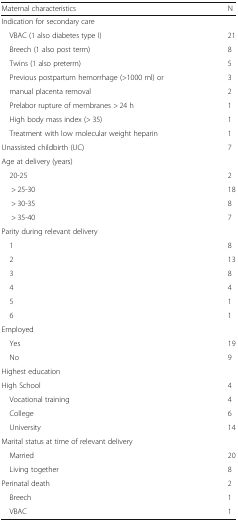
<table><thead><tr><td><b>Maternal characteristics</b></td><td><b>N</b></td></tr></thead><tbody><tr><td colspan="2">Indication for secondary care</td></tr><tr><td> VBAC (1 also diabetes type I)</td><td>21</td></tr><tr><td> Breech (1 also post term)</td><td>8</td></tr><tr><td> Twins (1 also preterm)</td><td>5</td></tr><tr><td> Previous postpartum hemorrhage (&gt;1000 ml) or</td><td>3</td></tr><tr><td> manual placenta removal</td><td>2</td></tr><tr><td> Prelabor rupture of membranes &gt; 24 h</td><td>1</td></tr><tr><td> High body mass index (&gt; 35)</td><td>1</td></tr><tr><td> Treatment with low molecular weight heparin</td><td>1</td></tr><tr><td>Unassisted childbirth (UC)</td><td>7</td></tr><tr><td colspan="2">Age at delivery (years)</td></tr><tr><td> 20-25</td><td>2</td></tr><tr><td>&gt; 25-30</td><td>18</td></tr><tr><td>&gt; 30-35</td><td>8</td></tr><tr><td>&gt; 35-40</td><td>7</td></tr><tr><td colspan="2">Parity during relevant delivery</td></tr><tr><td> 1</td><td>8</td></tr><tr><td> 2</td><td>13</td></tr><tr><td> 3</td><td>8</td></tr><tr><td> 4</td><td>4</td></tr><tr><td> 5</td><td>1</td></tr><tr><td> 6</td><td>1</td></tr><tr><td colspan="2">Employed</td></tr><tr><td> Yes</td><td>19</td></tr><tr><td> No</td><td>9</td></tr><tr><td colspan="2">Highest education</td></tr><tr><td>High School</td><td>4</td></tr><tr><td> Vocational training</td><td>4</td></tr><tr><td> College</td><td>6</td></tr><tr><td> University</td><td>14</td></tr><tr><td colspan="2">Marital status at time of relevant delivery</td></tr><tr><td> Married</td><td>20</td></tr><tr><td> Living together</td><td>8</td></tr><tr><td>Perinatal death</td><td>2</td></tr><tr><td> Breech</td><td>1</td></tr><tr><td> VBAC</td><td>1</td></tr></tbody></table>